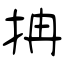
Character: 抩